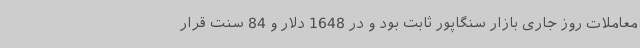
معاملات روز جاری بازار سنگاپور ثابت بود و در 1648 دلار و 84 سنت قرار